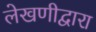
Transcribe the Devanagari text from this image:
लेखणीद्वारा